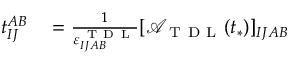
\begin{array} { r l } { t _ { I J } ^ { A B } } & { { } = \frac { 1 } { \varepsilon _ { I J A B } ^ { \mathrm { ~ T ~ D ~ L ~ } } } [ \mathcal { A } _ { \mathrm { ~ T ~ D ~ L ~ } } ( t _ { * } ) ] _ { I J A B } } \end{array}